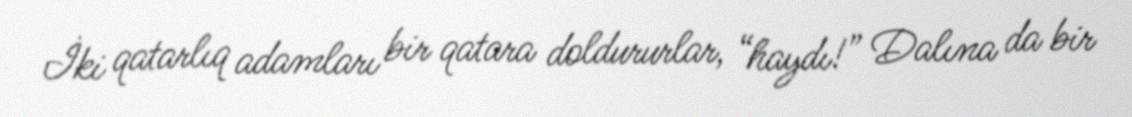
İki qatarlıq adamları bir qatara doldururlar, “haydı!” Dalına da bir